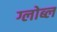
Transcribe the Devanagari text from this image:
ग्लोब्ल